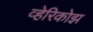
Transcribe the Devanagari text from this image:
व्हेरिकोझ